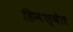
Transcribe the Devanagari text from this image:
हिमश्वेत